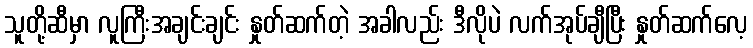
သူတို့ဆီမှာ လူကြီးအချင်းချင်း နှုတ်ဆက်တဲ့ အခါလည်း ဒီလိုပဲ လက်အုပ်ချီပြီး နှုတ်ဆက်လေ့